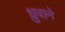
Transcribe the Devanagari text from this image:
ध्रुवाने